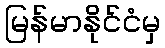
မြန်မာနိုင်ငံမှ